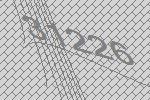
31226